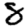
Digit: 8